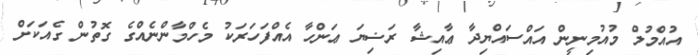
އުއްމުލް މުއުމިނީން އައްސައްޔިދާ ޢާއިޝާ ރަޟިޔަ ޢަންހާ އެއްފަހަރަކު މެހްމާންނެއްގެ ގޮތުން ގެއަކަށް